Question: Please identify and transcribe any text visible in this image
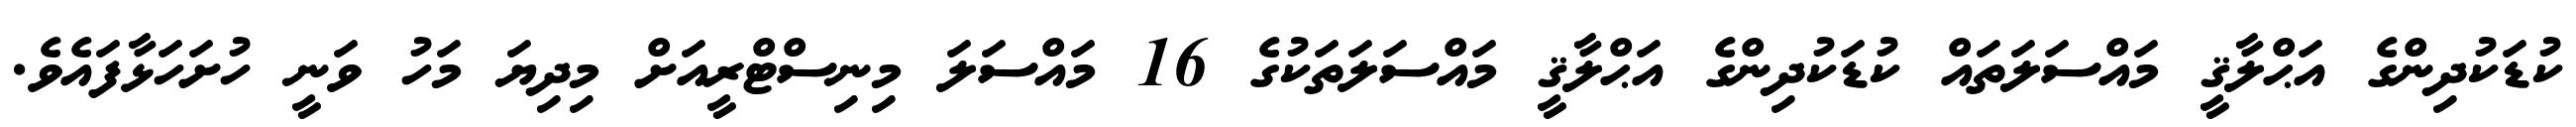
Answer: ކުޑަކުދިންގެ އަޙްލާޤީ މައްސަލަތައް ކުޑަކުދިންގެ އަޙްލާޤީ މައްސަލަތަކުގެ 16 މައްސަލަ މިނިސްޓްރީއަށް މިދިޔަ މަހު ވަނީ ހުށަހަޅާފައެވެ.